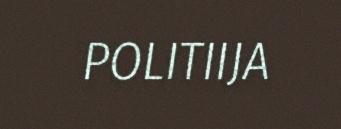
POLITIIJA